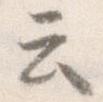
云